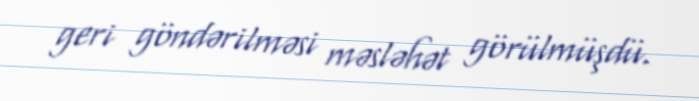
geri göndərilməsi məsləhət görülmüşdü.